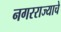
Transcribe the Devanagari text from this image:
नगरराज्याचे